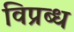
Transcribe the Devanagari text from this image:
विप्रब्ध